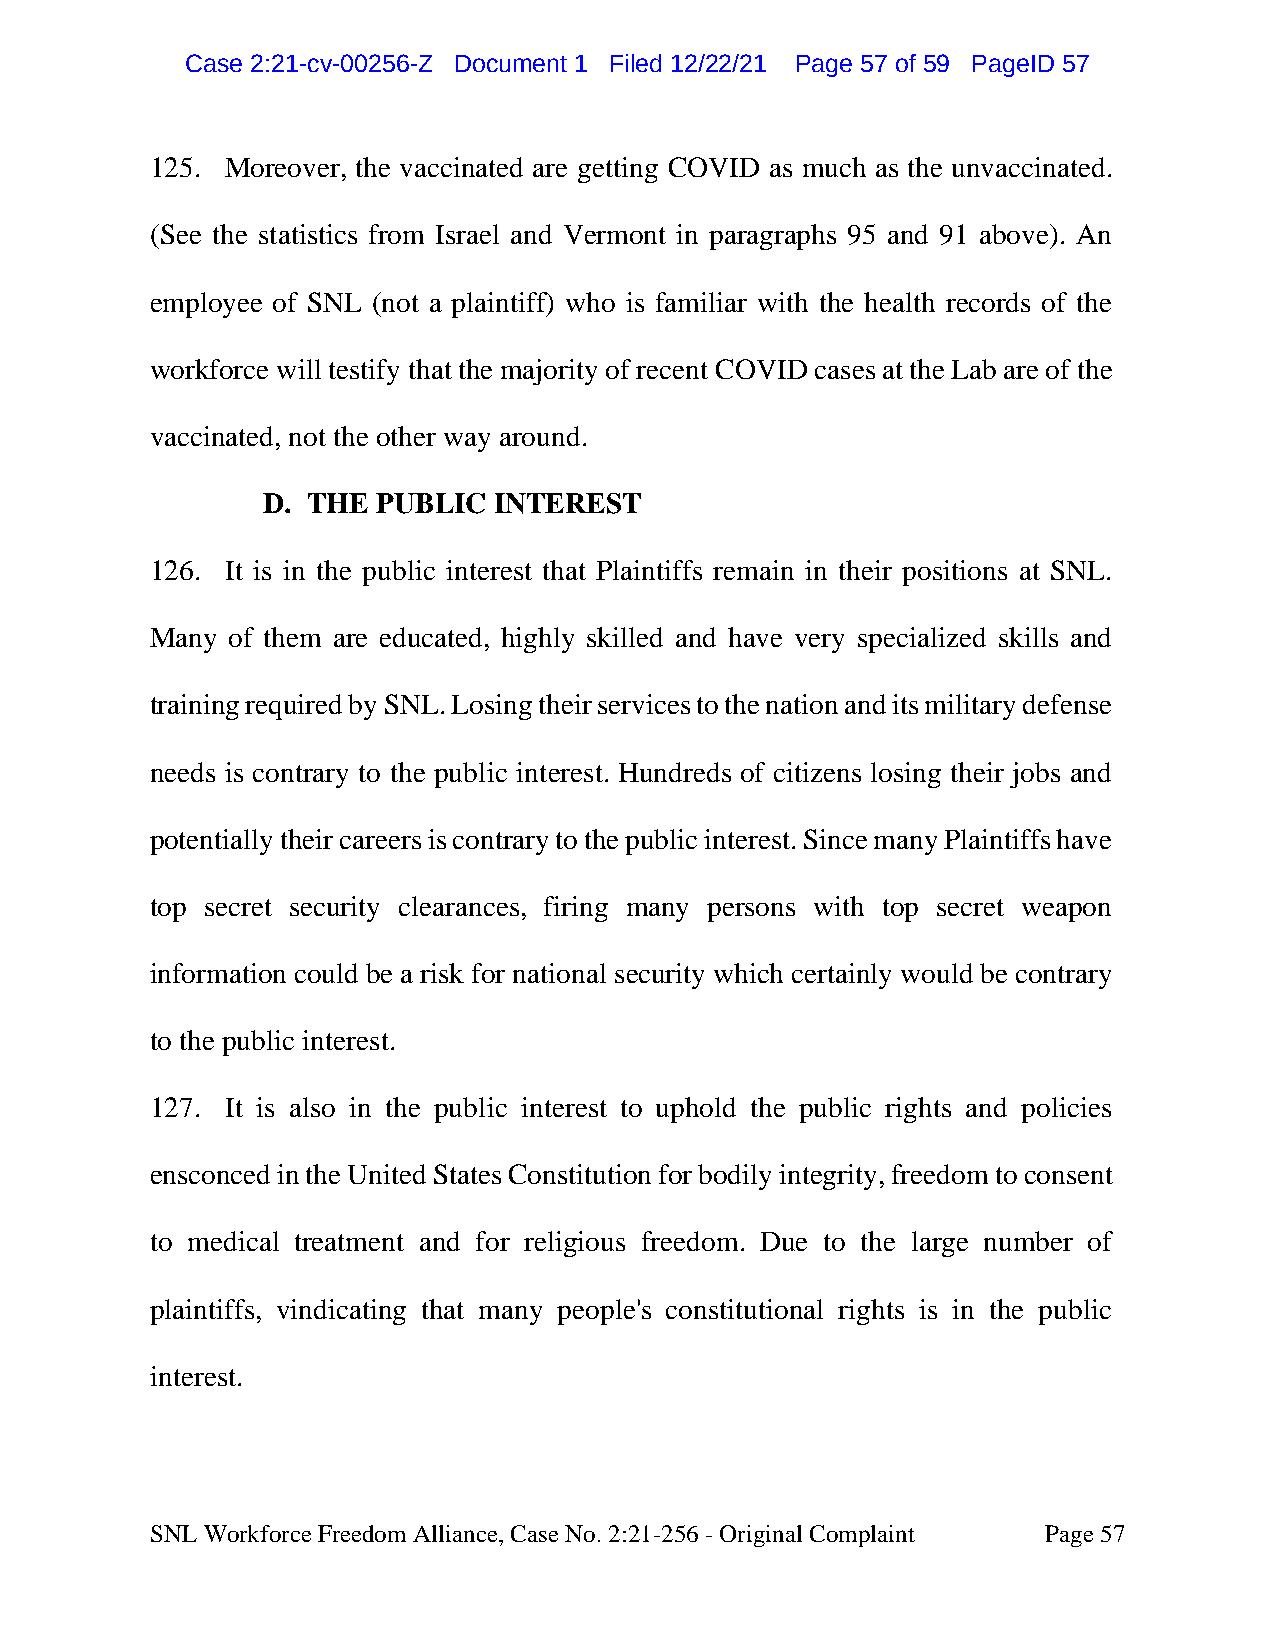
CCaassee 22::2211--ccvv--0000225566--ZZ DDooccuummeenntt 11 FFiilleedd 1122//2222//2211 PPaaggee 5577 ooff 5599 PPaaggeeIIDD 5577
 125. Moreover, the vaccinated are getting COVID as much as the unvaccinated.
 (See the statistics from Israel and Vermont in paragraphs 95 and 91 above). An
 employee of SNL (not a plaintiff) who is familiar with the health records of the
 workforce will testify that the majority of recent COVID cases at the Lab are of the
 vaccinated, not the other way around.
 D. THE  PUBLIC  INTEREST
 126. It is in the public interest that Plaintiffs remain in their positions at SNL.
 Many of them are educated, highly skilled and have very specialized skills and
 training required by SNL. Losing their services to the nation and its military defense
 needs is contrary to the public interest. Hundreds of citizens losing their jobs and
 potentially their careers is contrary to the public interest. Since many Plaintiffs have
 top secret security clearances, firing many persons with top secret weapon
 information could be a risk for national security which certainly would be contrary
 to the public interest.
 127. It is also in the public interest to uphold the public rights and policies
 ensconced in the United States Constitution for bodily integrity, freedom to consent
 to medical treatment and for religious freedom. Due to the large number of
 plaintiffs, vindicating that many people's constitutional rights is in the public
 interest.
 SNL Workforce Freedom Alliance, Case No. 2:21-256 - Original Complaint Page 57